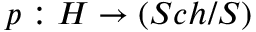
p : H \to ( S c h / S )